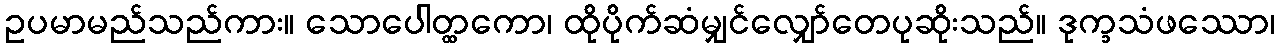
ဥပမာမည်သည်ကား။ သောပေါတ္ထကော၊ ထိုပိုက်ဆံမျှင်လျှော်တေပုဆိုးသည်။ ဒုက္ခသံဖဿော၊